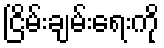
ငြိမ်းချမ်းရေးကို